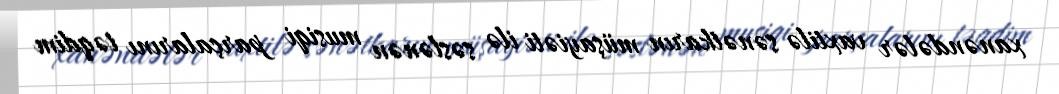
xanəndələr vaxtilə sənətkarın müşayiəti ilə səslənən musiqi parçalarını təqdim